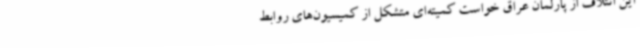
این ائتلاف از پارلمان عراق خواست کمیته‌ای متشکل از کمیسیون‌های روابط